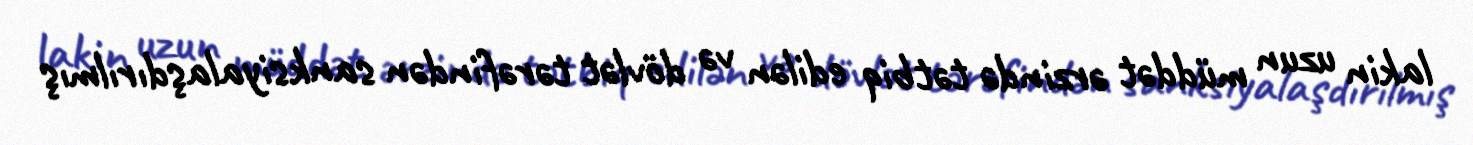
lakin uzun müddət ərzində tətbiq edilən və dövlət tərəfindən sanksiyalaşdırılmış